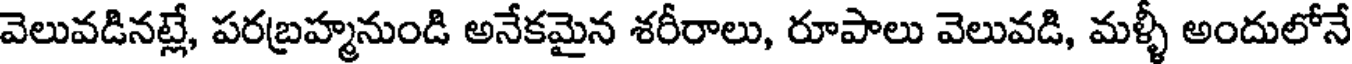
వెలువడినట్లే, పరబ్రహ్మనుండి అనేకమైన శరీరాలు, రూపాలు వెలువడి, మళ్ళీ అందులోనే